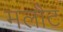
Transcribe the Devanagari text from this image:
मलौट